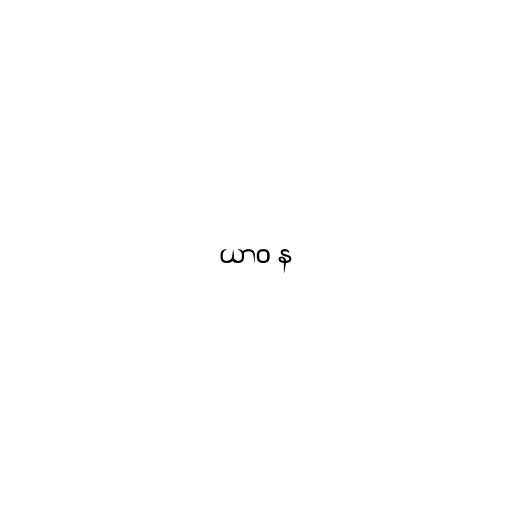
ယာဝ န